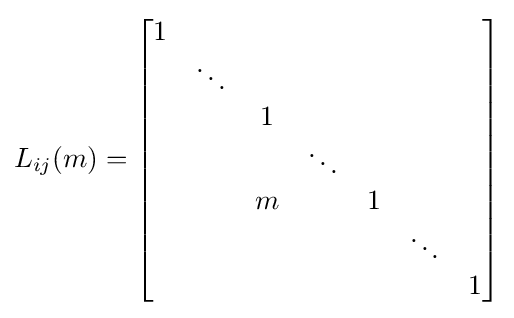
L_{ij}(m)={\begin{bmatrix}1&&&&&&\\&\ddots &&&&&\\&&1&&&&\\&&&\ddots &&&\\&&m&&1&&\\&&&&&\ddots &\\&&&&&&1\end{bmatrix}}